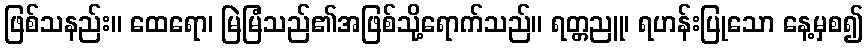
ဖြစ်သနည်း။ ထေရော၊ မြဲမြံသည်၏အဖြစ်သို့ရောက်သည်။ ရတ္တညူ၊ ရဟန်းပြုသော နေ့မှစ၍